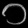
Digit: ၁